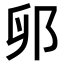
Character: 𫑙